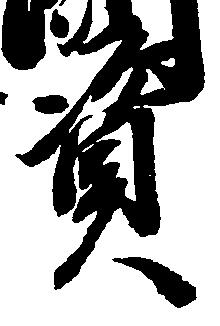
資